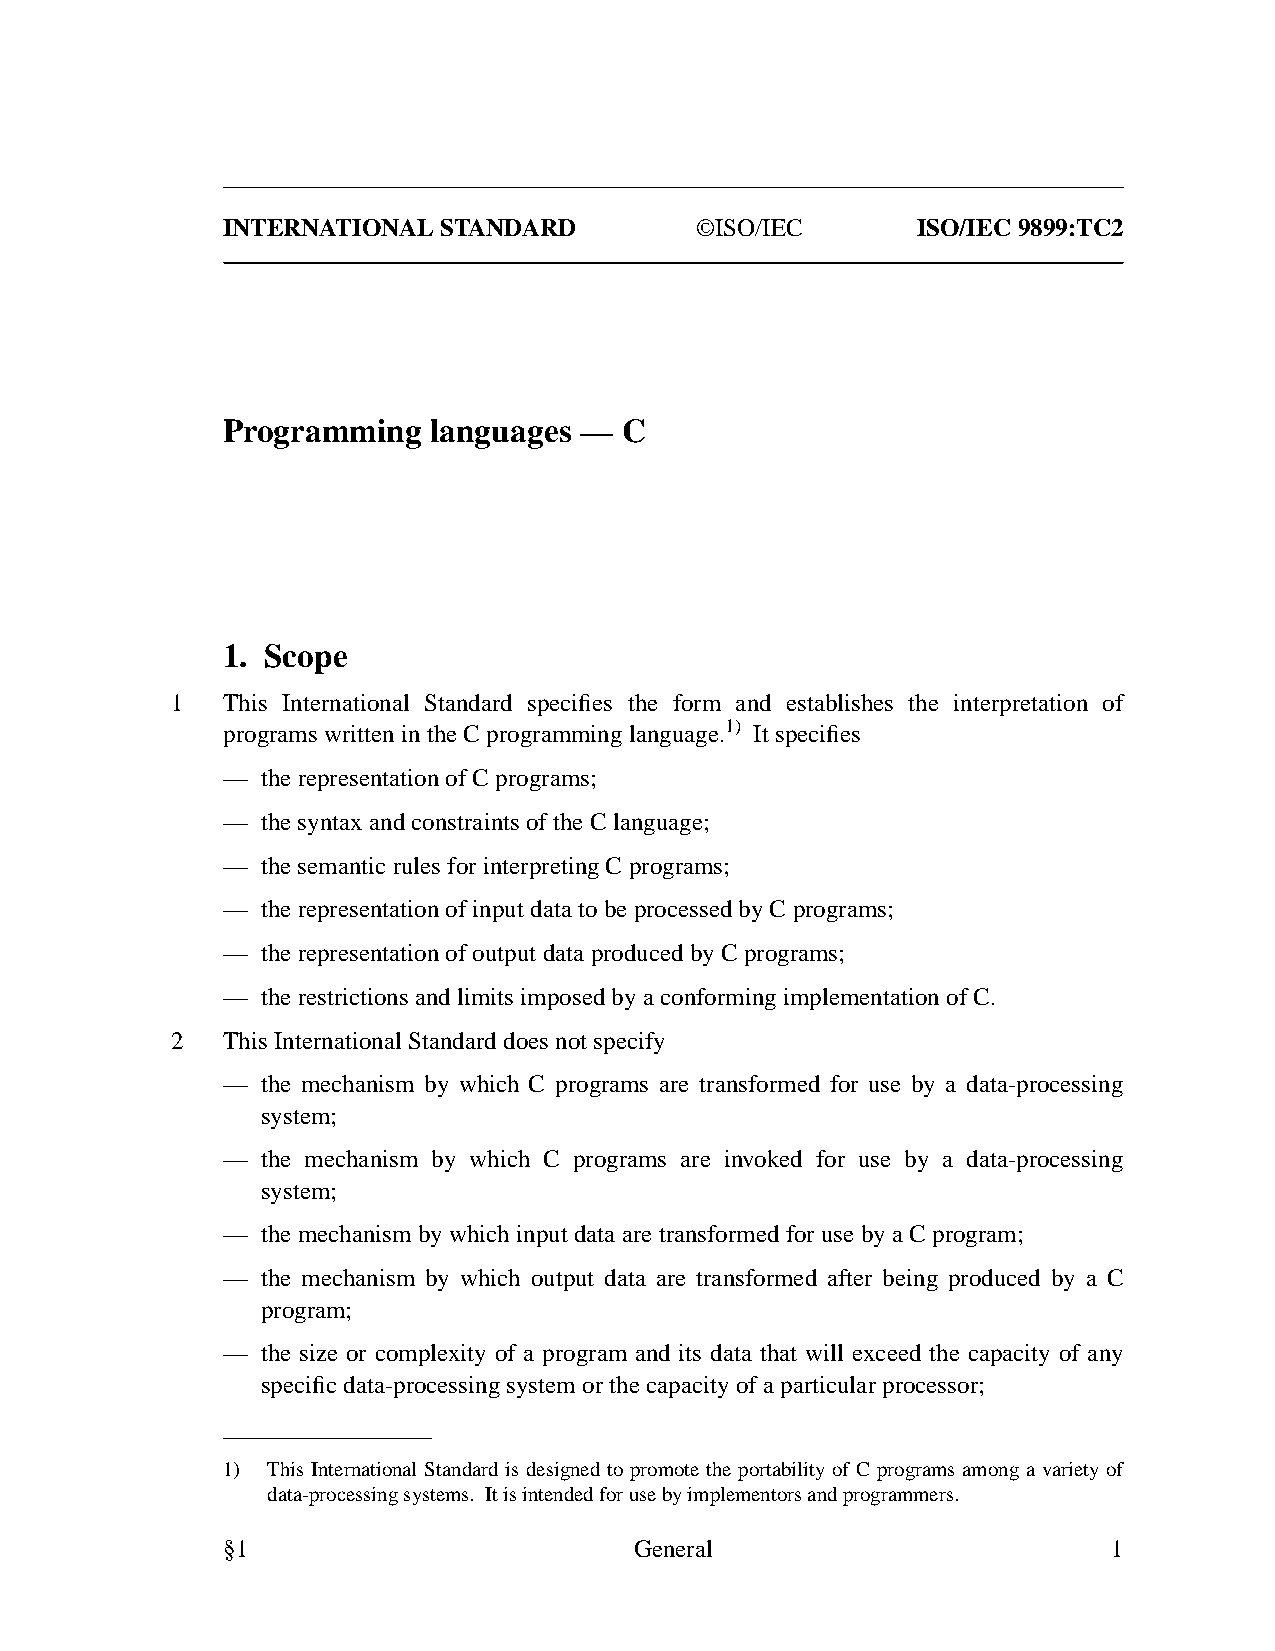
INTERNATIONAL STANDARD         ©ISO/IEC       ISO/IEC 9899:TC2
 Programming   languages — C
 1. Scope
 1   This International Standard specifies the form and establishes the interpretation of
 programs written in the C programming language.1) It specifies
 — the representation of C programs;
 — the syntax and constraints of the C language;
 — the semantic rules for interpreting C programs;
 — the representation of input data to be processed by C programs;
 — the representation of output data produced by C programs;
 — the restrictions and limits imposed by a conforming implementation of C.
 2   This International Standard does not specify
 — the mechanism by which C programs are transformed for use by a data-processing
 system;
 — the mechanism by which C programs are invoked for use by a data-processing
 system;
 — the mechanism by which input data are transformed for use by a C program;
 — the mechanism by which output data are transformed after being produced by a C
 program;
 — the size or complexity of a program and its data that will exceed the capacity of any
 specific data-processing system or the capacity of a particular processor;
 1) This International Standard is designed to promote the portability of C programs among a variety of
 data-processing systems. It is intended for use by implementors and programmers.
 §1                         General                         1